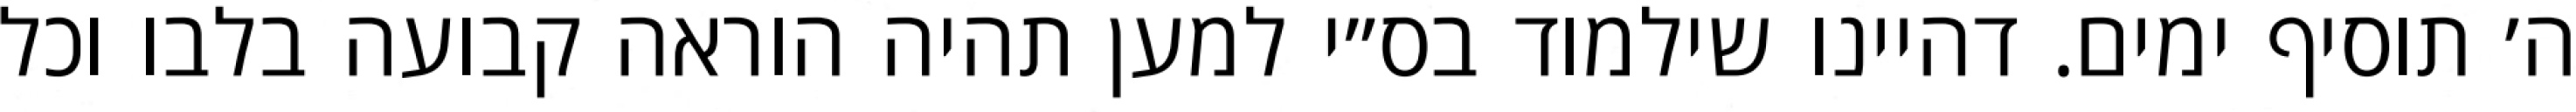
ה׳ תוסיף ימים. דהיינו שילמוד בס״י למען תהיה הוראה קבועה בלבו וכל